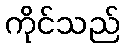
ကိုင်သည်